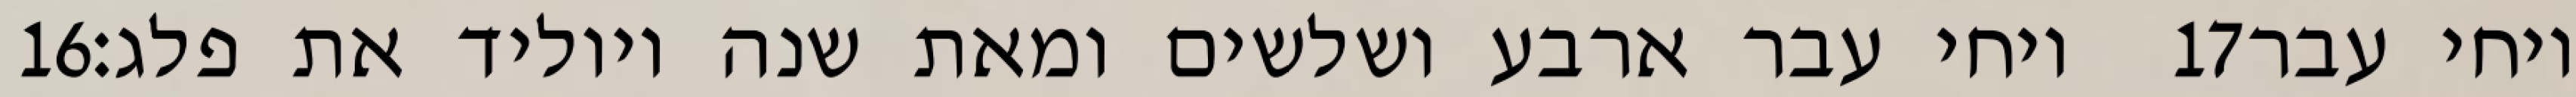
‎16‏ ויחי עבר ארבע ושלשים ומאת שנה ויוליד את פלג׃ ‎17‏ ויחי עבר